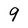
Character: 9